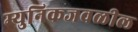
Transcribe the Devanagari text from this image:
म्युनिकजवळील